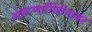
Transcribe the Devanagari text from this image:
अरूणागिरीनाथर